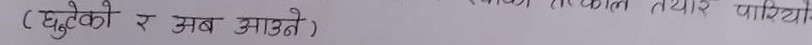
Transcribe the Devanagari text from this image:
(घुटुकेको र अब आम्ने) काल तयार पारियो-